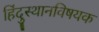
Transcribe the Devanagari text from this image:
हिंदुस्थानविषयक